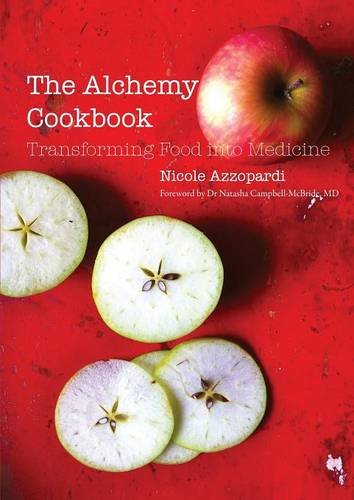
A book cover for The Alchemy Cookbook: Transforming food into medicine; Nicole Azzopardi; Medical Books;